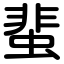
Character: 蜚